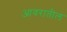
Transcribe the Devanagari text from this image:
आवरातील